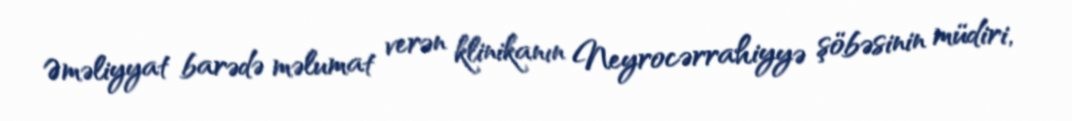
Əməliyyat barədə məlumat verən klinikanın Neyrocərrahiyyə şöbəsinin müdiri,